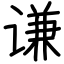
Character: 谦